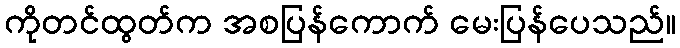
ကိုတင်ထွတ်က အစပြန်ကောက် မေးပြန်ပေသည်။